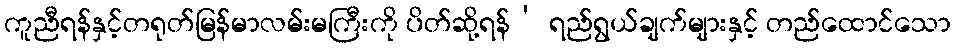
ကူညီရန်နှင့်တရုတ်မြန်မာလမ်းမကြီးကို ပိတ်ဆို့ရန်’ ရည်ရွယ်ချက်များနှင့် တည်ထောင်သော